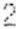
2